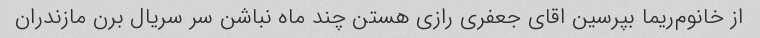
از خانوم‌ریما بپرسین اقای جعفری رازی هستن چند ماه نباشن سر سریال برن مازندران